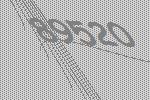
89520